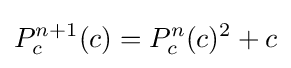
P_{c}^{n+1}(c)=P_{c}^{n}(c)^{2}+c